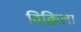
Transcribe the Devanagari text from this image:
विक्रिला